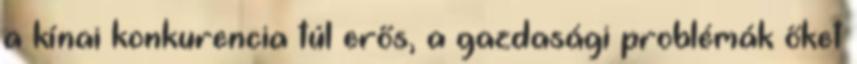
a kínai konkurencia túl erős, a gazdasági problémák őket